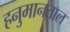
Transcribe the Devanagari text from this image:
हनुमानताल